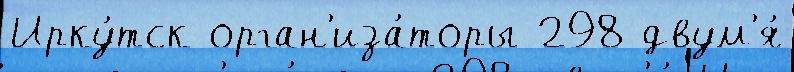
Ирку́тск орган'иза́торы 298 двум'я́